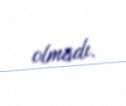
olmadı.